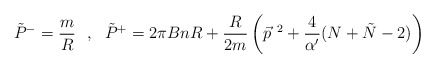
\begin{align*}\tilde P^-= \frac{m}{R}~~,~~\tilde P^+ = 2\pi B nR +\frac{R}{2m}\left(\vec p^{~2}+\frac{4}{\alpha'}(N+\tilde N-2)\right)\end{align*}